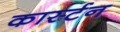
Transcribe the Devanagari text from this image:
कार्स्टन